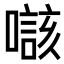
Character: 𡀲